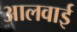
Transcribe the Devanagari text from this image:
आलवाई